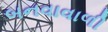
બનવાવાળી